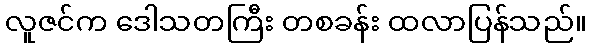
လူဇင်က ဒေါသတကြီး တစခန်း ထလာပြန်သည်။